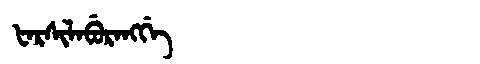
Manchu: ᡶᠠᡵᠰᡳᠯᠠᠪᡠᡵᠠᠩᡤᡝ
Romanization: FARSILABURANGGE